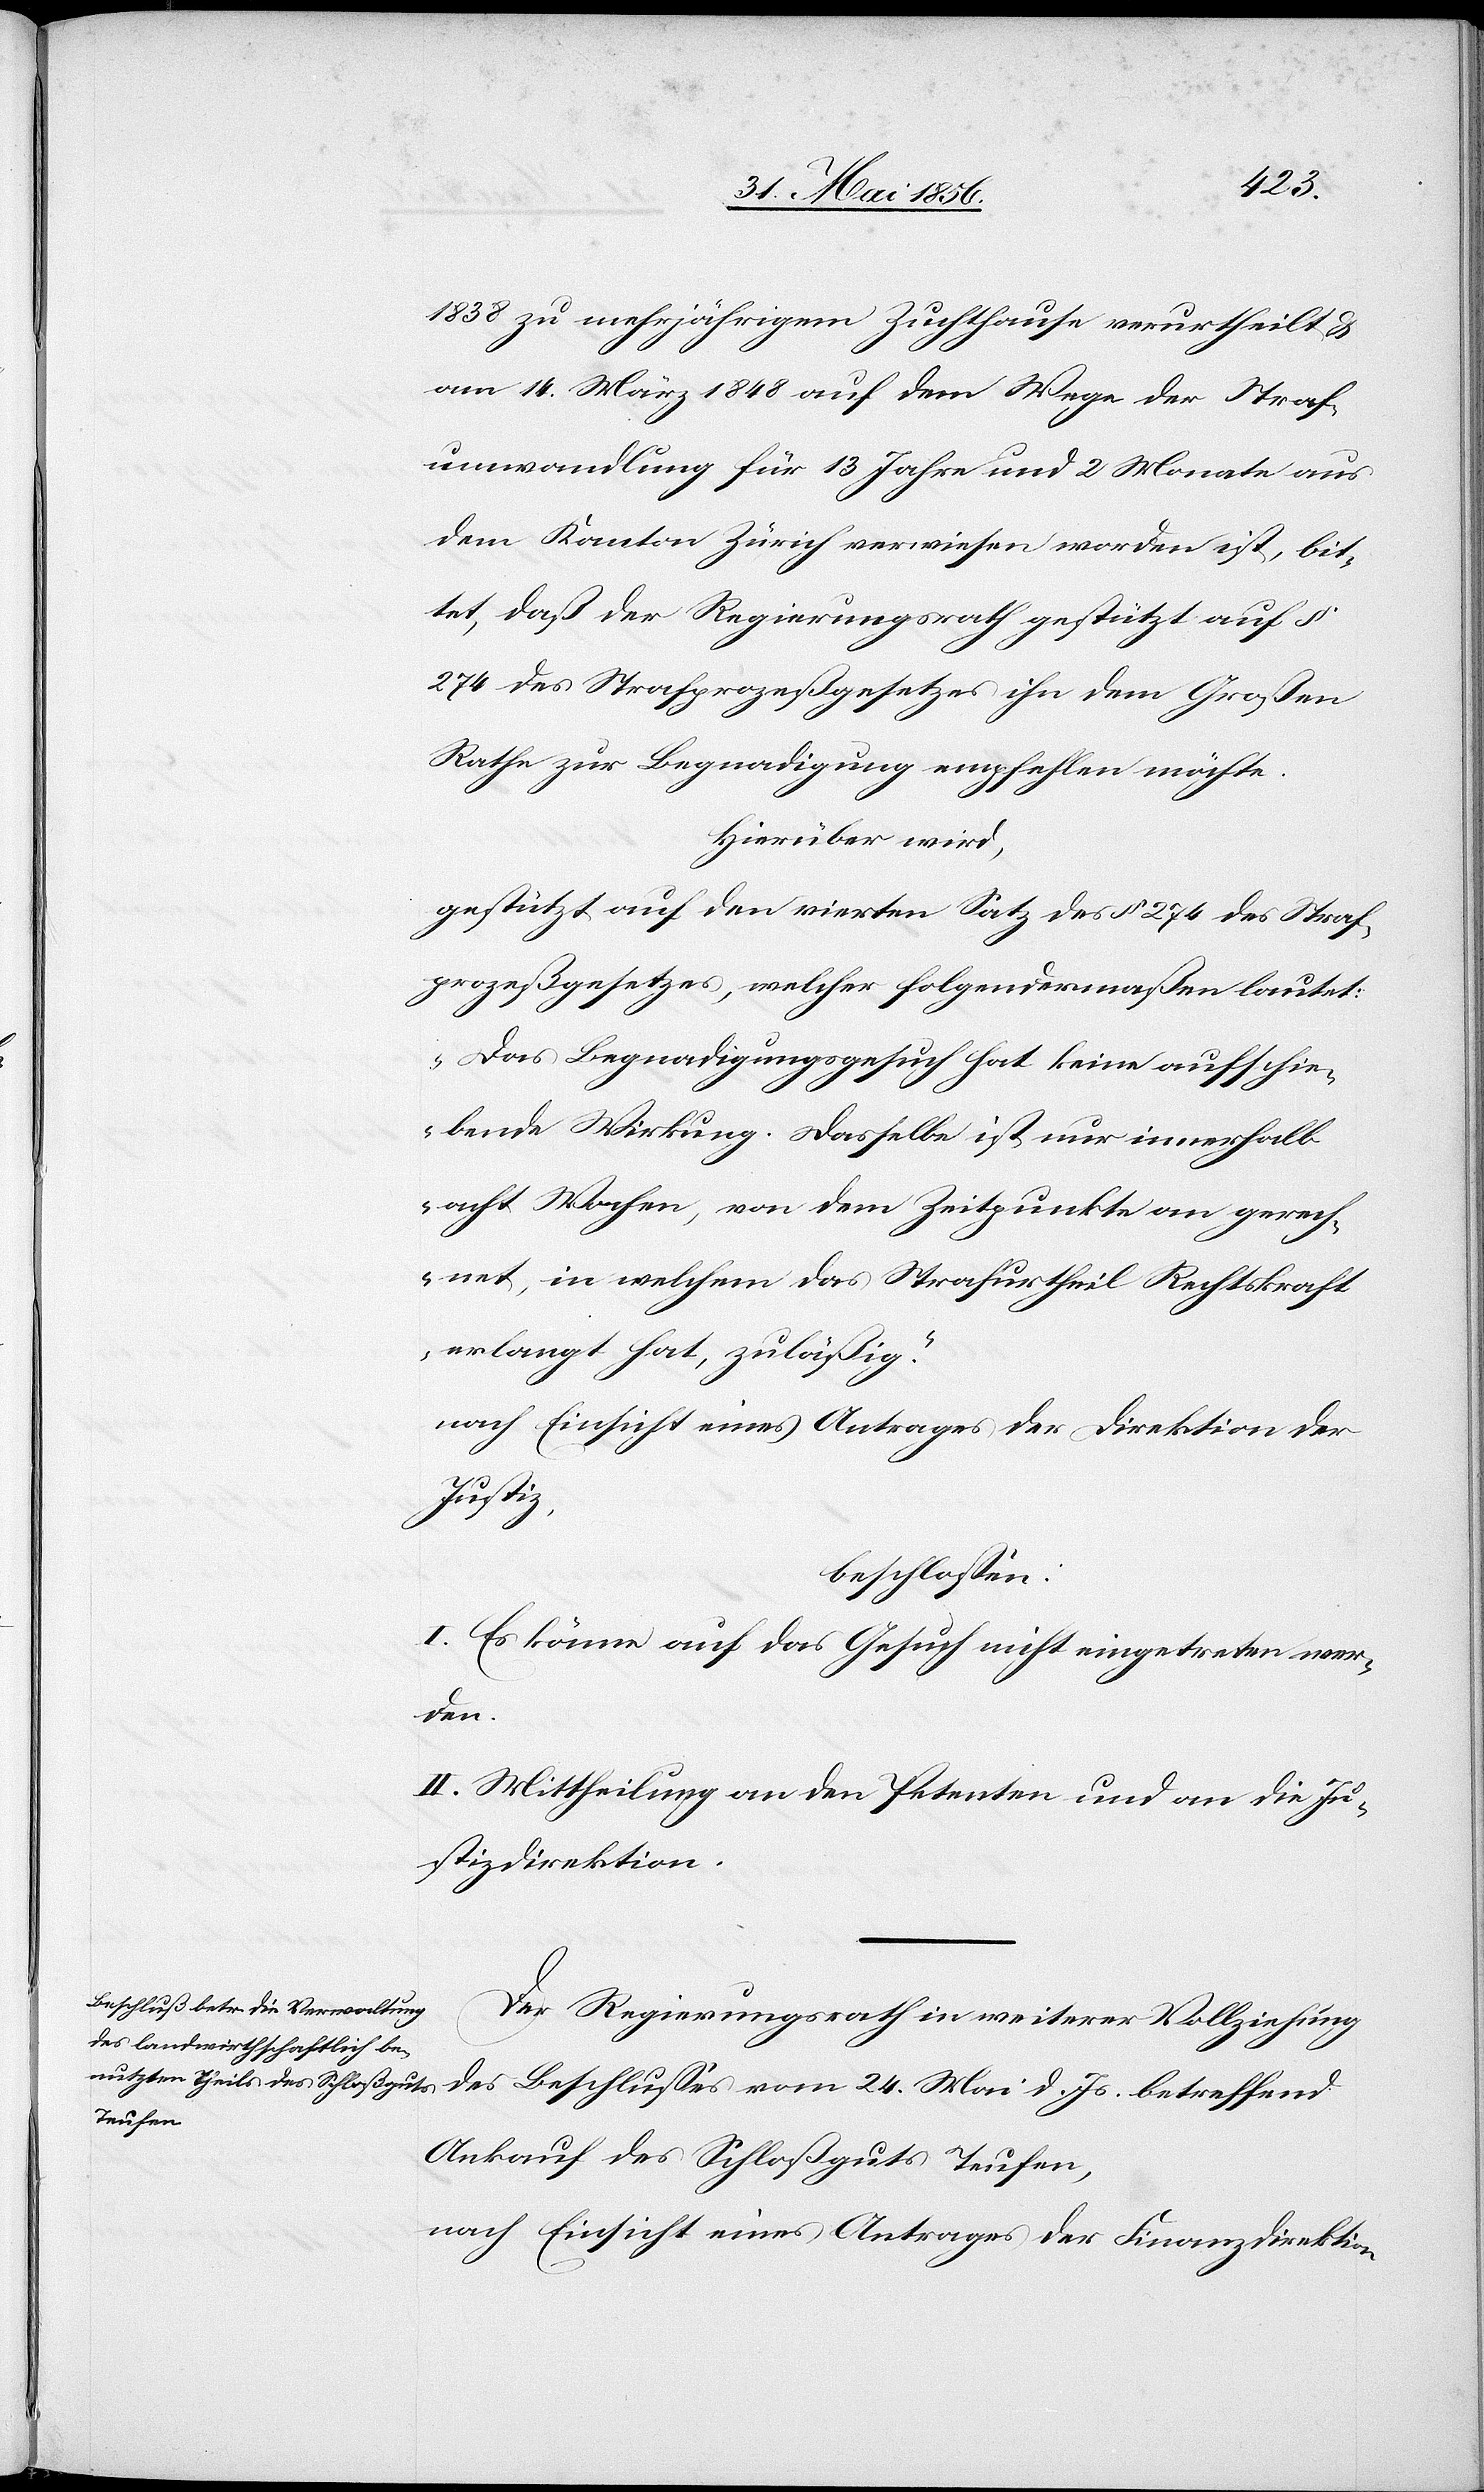
1838 zu mehrjährigem Zuchthause verurtheilt &
am 14. März 1848 auf dem Wege der Straf¬
umwandlung für 13 Jahre und 2 Monate aus
dem Kanton Zürich verwiesen worden ist, bit¬
tet, daß der Regierungsrath gestützt auf §
274 des Strafprozeßgesetzes ihn dem Großen
Rathe zur Begnadigung empfehlen möchte.
Hierüber wird,
gestützt auf den vierten Satz des § 274 des Straf¬
prozeßgesetzes, welcher folgendermaßen lautet:
„Das Begnadigungsgesuch hat keine aufschie¬
bende Wirkung. Dasselbe ist nur innerhalb
acht Wochen, von dem Zeitpunkte an gerech¬
net, in welchem das Strafurtheil Rechtskraft
erlangt hat, zuläßig.“
nach Einsicht eines Antrages der Direktion der
Justiz,
beschlossen:
I. Es könne auf das Gesuch nicht eingetreten wer¬
den.
II. Mittheilung an den Petenten und an die Ju¬
stizdirektion.
Der Regierungsrath in weiterer Vollziehung
des Beschlusses vom 24. Mai d. Js. betreffend
Ankauf des Schloßguts Teufen,
nach Einsicht eines Antrages der Finanzdirektion